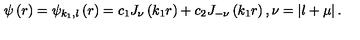
\psi \left( r \right) = \psi _ { k _ { 1 } , l } \left( r \right) = c _ { 1 } J _ { \nu } \left( k _ { 1 } r \right) + c _ { 2 } J _ { - \nu } \left( k _ { 1 } r \right) , \nu = \left| l + \mu \right| .